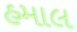
હમાલ